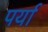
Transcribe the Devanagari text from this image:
पर्या